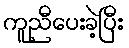
ကူညီပေးခဲ့ပြီး